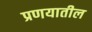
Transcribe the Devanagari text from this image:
प्रणयातील